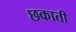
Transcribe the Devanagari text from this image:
छकाती